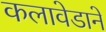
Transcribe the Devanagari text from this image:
कलावेडाने